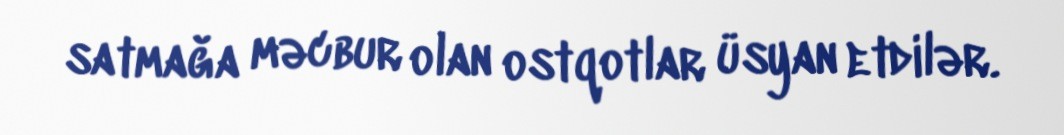
satmağa məcbur olan ostqotlar üsyan etdilər.